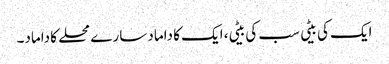
ایک کی بیٹی سب کی بیٹی، ایک کا داماد سارے محلے کا داماد۔